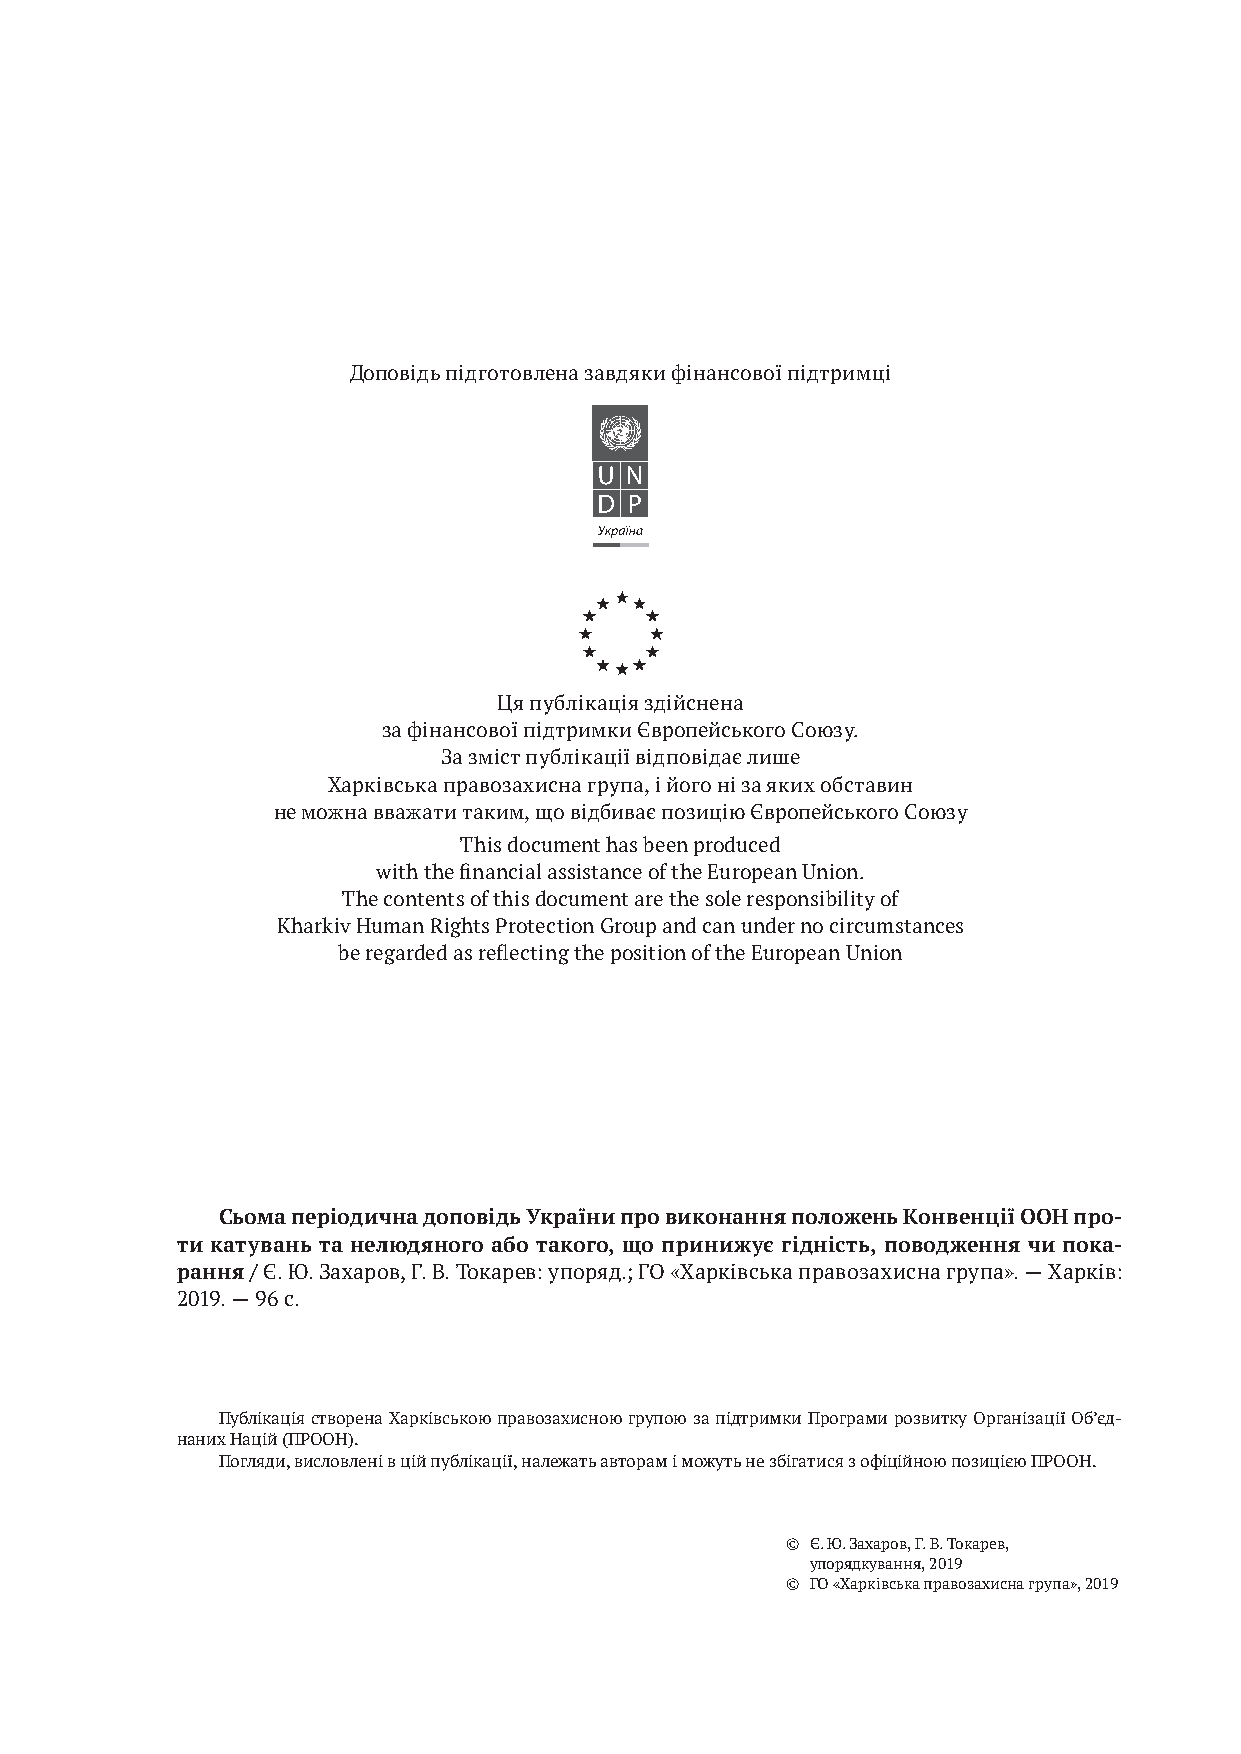
Доповідь підготовлена завдяки фінансової підтримці
 Ця публікація здійснена
 за фінансової підтримки Європейського Союзу.
 За зміст публікації відповідає лише
 Харківська правозахисна група, і його ні за яких обставин
 не можна вважати таким, що відбиває позицію Європейського Союзу
 This document has been produced
 with the financial assistance of the European Union.
 The contents of this document are the sole responsibility of
 Kharkiv Human Rights Protection Group and can under no circumstances
 be regarded as reflecting the position of the European Union
 Сьома періодична доповідь України про виконання положень Конвенції ООН про-
 ти катувань та нелюдяного або такого, що принижує гідність, поводження чи пока-
 рання / Є. Ю. Захаров, Г. В. Токарев: упоряд.; ГО «Харківська правозахисна група». — Харків:
 2019. — 96 с.
 Публікація створена Харківською правозахисною групою за підтримки Програми розвитку Організації Об’єд­
 наних Націй (ПРООН).
 Погляди, висловлені в цій публікації, належать авторам і можуть не збігатися з офіційною позицією ПРООН.
 © Є. Ю. Захаров, Г. В. Токарев,
 упорядкування, 2019
 © ГО «Харківська правозахисна група», 2019